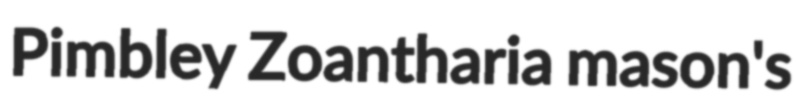
Pimbley Zoantharia mason's